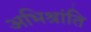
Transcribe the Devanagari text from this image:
अभिश्रांति